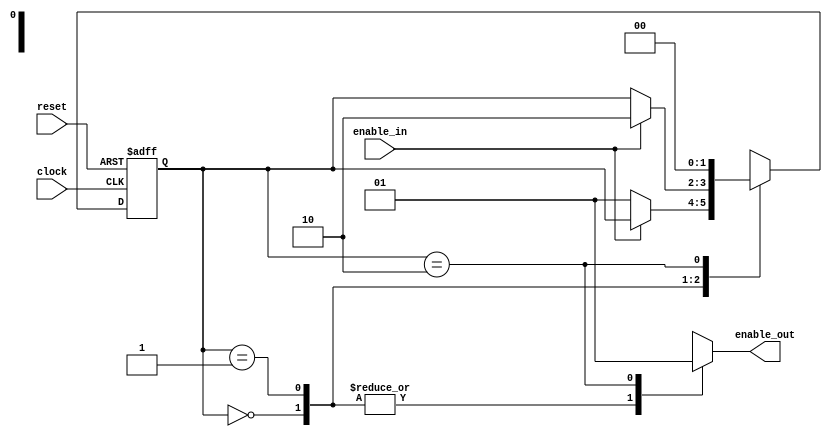
module keypressed(clock, reset, enable_in, enable_out);

	input clock;				// The system clock. Default frequency is 50 MHz.
	input	reset;				// Active-low reset. Connect to KEY0.
	input enable_in;			// Connect to KEY1.
	output reg enable_out;	// The output is high for one FPGA clock cycle each time KEY1 is pressed and released.
	
// Variables for keeping track of the state.
	reg [1:0] key_state, next_key_state;

// Set up parameters for the "state" of the pushbutton.
// Since there are three states, we are using 2 bits to represent the state in a so-called "dense" assignment.
	parameter [1:0] KEY_FREE = 2'b00, KEY_PRESSED = 2'b01, KEY_RELEASED = 2'b10;
	
// STATE MACHINE: REGISTER BLOCK	
// This always block represents sequential logic, so it uses non-blocking assignments.
// It is sensitized to the clock input and the reset input.
// You should picture this block as a 2-bit register with an active-low asynchronous clear.

	always @(posedge clock or negedge reset) begin
	
	// If reset = 0, there must have been a negative edge on the reset.
	// Since the effect of the reset occurs in the absence of a clock pulse, the reset is ASYNCHRONOUS.
		if (reset == 1'b0)
			key_state <= KEY_FREE;
		
	// If reset is not zero but this always block is executing, there must have been a positive clock edge.
	// On each positive clock edge, the next state becomes the present state.
		else
			key_state <= next_key_state;

	end

// STATE MACHINE: REGISTER INPUT LOGIC
// This always block represents combinational logic, so it uses blocking assignments.
// It is sensitized to changes in the present key state and the enable input.
// You should picture this block as a combinational circuit that feeds the register inputs.
// It determines the next state based on the current state and the enable input.

	always @(key_state, enable_in) begin
	
	// To be safe, assign a default value to next_key_state.
	// That way, if none of the paths in the case statement apply, the variable will have a known value.
	// This should be overridden by assignments below.
		next_key_state = key_state;
		
	// Use the present state to determine the next state.
		case (key_state)
		
		// If the key is currently unpressed and was not just released:
			KEY_FREE: begin
			
			// If the enable input button is down, make the next state KEY_PRESSED.
				if (enable_in == 1'b0)
					next_key_state = KEY_PRESSED;
			end
		
		// If the key is currently pressed:
			KEY_PRESSED: begin
			
			// If the enable button is up, make the next state KEY_RELEASED.
				if (enable_in == 1'b1)
					next_key_state = KEY_RELEASED;
			end
			
		// If the key has just gone from being pressed to being released:
			KEY_RELEASED: begin
			
			// Make the next state KEY_FREE.
			// This state transition is independent of the input value.
			// This state lasts for exactly one clock cycle - the cycle after the button was released.
				next_key_state = KEY_FREE;
			end
			
		// If none of the above - something that should never happen - make the next state unknown.
			default: begin
				next_key_state = 2'bxx;
			end
			
		endcase
		
	end

// OUTPUT MACHINE
// This always block represents combinational logic, so it uses blocking assignments.
// It is sensitized to changes in the present state and enable input.
// You should picture this block as a combinational circuit that operates on the state to determine the output.

// Enable_out is a Moore output, so the block is sensitized only to the key_state.
// In a Mealy machine, the output would be sensitized to a state and to an input.

// I have structured the output machine as an always block to provide an example of how you should do it. 
// The behavior of this output is simple enough that a continuous assignment could have been used more effectively.

	always @(key_state) begin
	
	// To be safe, assign a default value to enable_out.
	// That way, if none of the paths in the case statement apply, the variables will have a known value.
	// This should be overridden by assignments below.
		enable_out = 1'b0;
		
	// Use the present state to determine the output.
		case (key_state)
		
		// If the key is currently unpressed and was not just released, enable_out should be 0.
			KEY_FREE: begin
				enable_out = 1'b0;
			end
			
		// If the key is currently being pressed, enable_out should be 0.
			KEY_PRESSED: begin
				enable_out = 1'b0;
			end
			
		// If the key has has just gone from being pressed to being released, enable out should be 1.
		// Since this state only lasts for one clock cycle, enable_out is 1 for only one clock cycle.
			KEY_RELEASED: begin
				enable_out = 1'b1;
			end
			
		// If none of the above - something that should never happen - make the output unknown.
			default: begin
				enable_out = 1'bx;
			end
			
		endcase
		
	end
	
endmodule